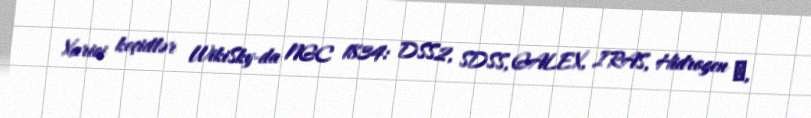
Xarici keçidlər WikiSky-da NGC 1834: DSS2, SDSS, GALEX, IRAS, Hidrogen α,